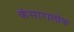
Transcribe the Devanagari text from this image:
कंसारालोक